Civil Veterinary Dept. Bombay admin report 1900-1906 - 1900-1906
Year: 1900
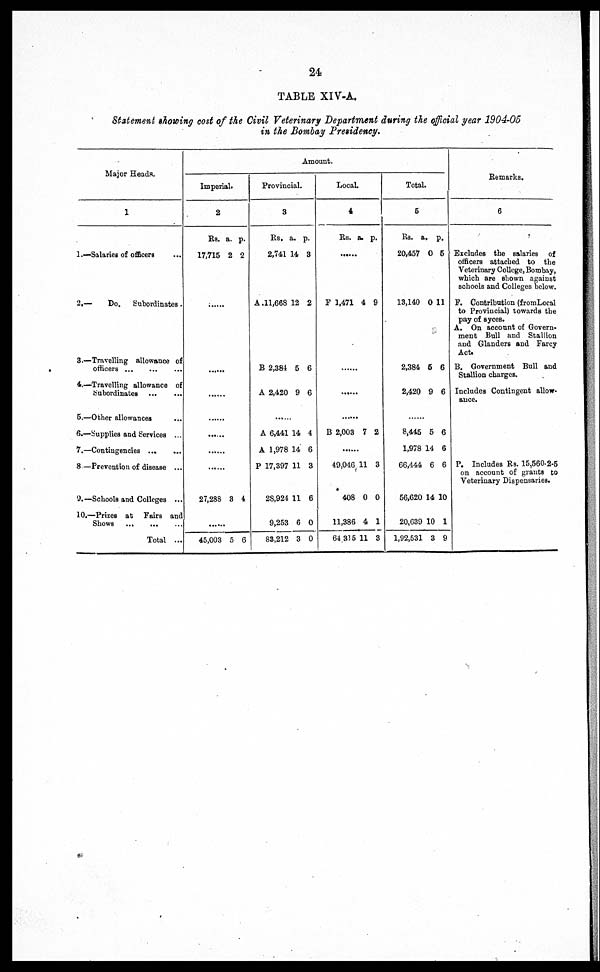
24
TABLE XIV-A.
Statement showing cost of the Civil Veterinary Department during the official year 1904-05
in the Bombay Presidency.
Major Heads.
1
1.—Salaries of officers ...
2.—
Do. Subordinates.
3.—Travelling allowance of
officers
...
...
...
4.—Travelling allowance of
Subordinates
...
...
5.—Other allowances ...
6.—Supplies and Services ...
7.—Contingencies
...
...
8 — Prevention of disease ...
9.— Schools and Colleges ...
10.—Prizes at Fairs and
Shows
...
...
...
Total ...
Amount.
Imperial.
2
Rs.
17,716
27,288
45.008
a.
2
8
5
p.
2
4
6
Provincial.
8
Rs.
2,741
A .11,668
B 2,884
A 2,420
A 6,441
A 1,978
P 17,897
28,924
9,253
88,212
a.
14
12
5
9
14
14
11
11
6
8
p.
8
2
6
6
4
6
3
6
0
0
Local.
4
Rs.
......
F 1,471
B 2,008
49,046
408
11,886
64,315
a.
4
7
11
0
4
11
p.
9
2
8
0
1
8
Total.
6
Rs.
20,457
18,140
2,384
2,420
8,446
1,978
66,444
56,620
20,689
1,92,53
a.
0
0
5
9
6
14
6
14
10
1 8
p.
5
11
6
6
6
6
6
10
1
9
Remarks.
6
Excludes the salaries of
officers attached to the
Veterinary College, Bombay,
which are shown against
schools and Colleges below.
F. Contribution (from Loral
to Provincial) towards the
pay of syess.
A. On account of Govern-
ment Bull and Stallion
and Glanders and Farcy
Act.
B. Government Bull and
Stallion charges.
Includes Contingent allow-
ance.
P. Includes Rs. 15,560-2-5
on account of grants to
Veterinary Dispensaries.